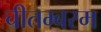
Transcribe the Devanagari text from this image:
चीतम्बरम